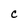
Character: C